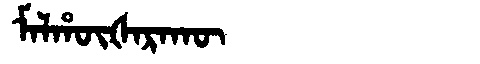
Manchu: ᠮᠠᠯᡥᡡᡧᠠᡵᠠᡴᡡ
Romanization: MALHŪŠARAKŪ